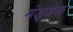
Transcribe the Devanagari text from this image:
मंड्जेक